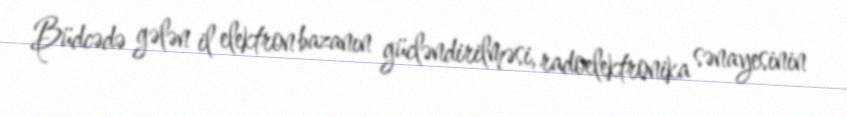
Büdcədə gələn il elektron bazanın gücləndirilməsi, radoelektronika sənayesinin